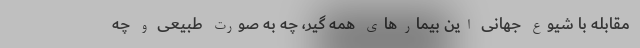
مقابله با شیوع جهانی این بیمارهای همه گیر، چه به صورت طبیعی و چه